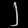
Digit: ၂